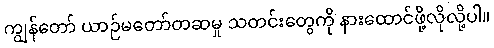
ကျွန်တော် ယာဉ်မတော်တဆမှု သတင်းတွေကို နားထောင်ဖို့လိုလို့ပါ။